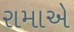
રામાએ